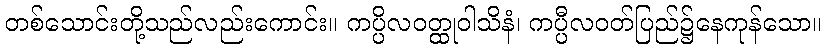
တစ်သောင်းတို့သည်လည်းကောင်း။ ကပ္ပိလဝတ္ထုဝါသိနံ၊ ကပ္ပီလဝတ်ပြည်၌နေကုန်သော။